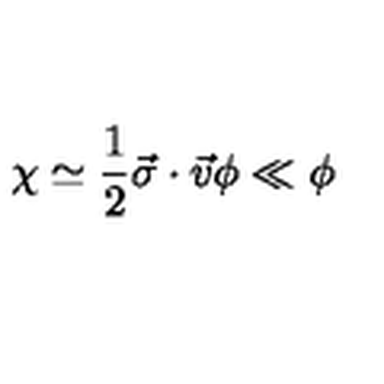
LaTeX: \chi \simeq \frac { 1 } { 2 } \vec { \sigma } \cdot \vec { v } \phi \ll \phi